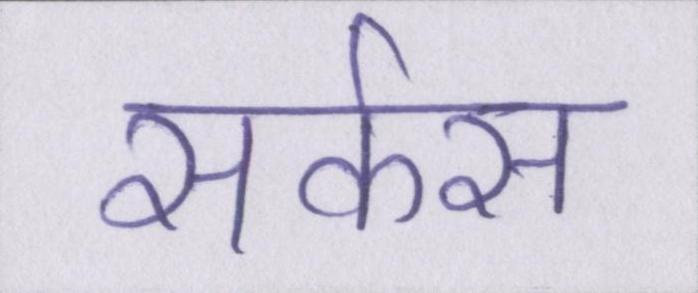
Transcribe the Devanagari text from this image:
सर्कस